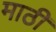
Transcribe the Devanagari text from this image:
माठी